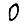
Digit: 0